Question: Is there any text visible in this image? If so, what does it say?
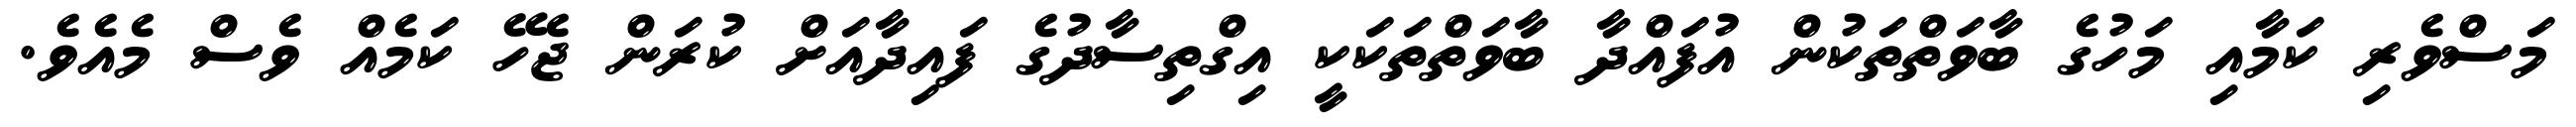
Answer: މަސްވެރި ކަމާއި މަހުގެ ބާވަތްތަކުން އުފައްދާ ބާވަތްތަކަކީ އިގްތިސާދުގެ ފައިދާއަށް ކުރަން ޖެހޭ ކަމެއް ވެސް މެއެވެ.